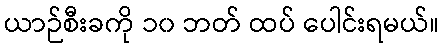
ယာဉ်စီးခကို ၁၀ ဘတ် ထပ် ပေါင်းရမယ်။